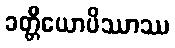
ခတ္တိယောပိဿာဿ